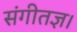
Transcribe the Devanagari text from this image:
संगीतज्ञ।